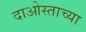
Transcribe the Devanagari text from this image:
दाओस्ताच्या